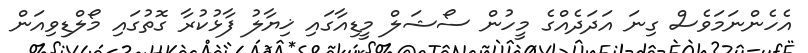
އެހެންނަމަވެސް ގިނަ އަދަދެއްގެ މީހުން ސޯޝަލް މީޑިއާގައި ޚިޔާލު ފާޅުކުރާ ގޮތުގައި މޯލްޑިވިއަން